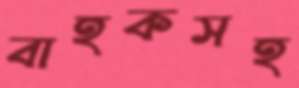
বাহকসহ